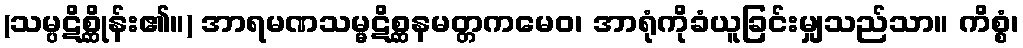
(သမ္ပဋိစ္ဆိုန်း၏။) အာရမဏသမ္မဋိစ္ဆနမတ္တကမေဝ၊ အာရုံကိုခံယူခြင်းမျှသည်သာ။ ကိစ္စံ၊